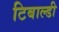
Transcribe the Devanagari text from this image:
टिबाल्डी